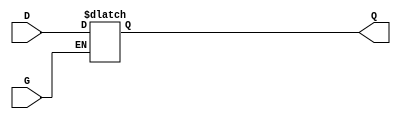
module gated_latch (
    input wire D,   // Data input
    input wire G,   // Gate (enable) signal
    output reg Q    // Output
);

// Always block triggered by changes in G or D
always @(*) begin
    if (G) begin
        // When G is high, Q follows D
        Q = D;
    end
    // When G is low, Q retains its last value (no change)
end

endmodule